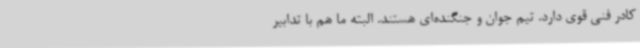
کادر فنی قوی دارد. تیم جوان و جنگنده‌ای هستند. البته ما هم با تدابیر